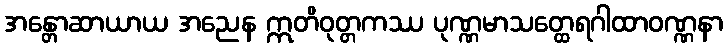
အန္တောဆာယာယ အညေန ဣတိဝုတ္တကဿ ပုဏ္ဏမာသတ္ထေရဂါထာဝဏ္ဏနာ